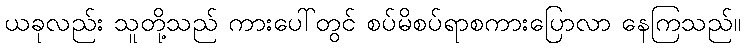
ယခုလည်း သူတို့သည် ကားပေါ်တွင် စပ်မိစပ်ရာစကားပြောလာ နေကြသည်။